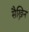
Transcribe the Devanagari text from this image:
सैख्निन